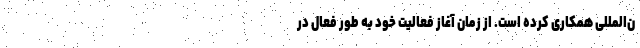
ن‌المللی همکاری کرده است. از زمان آغاز فعالیت خود به طور فعال در